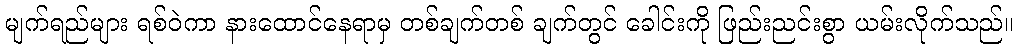
မျက်ရည်များ ရစ်ဝဲကာ နားထောင်နေရာမှ တစ်ချက်တစ် ချက်တွင် ခေါင်းကို ဖြည်းညင်းစွာ ယမ်းလိုက်သည်။